Lunatic asylums in Bengal annual reports 1888-1898 - 1888-1898
Year: 1888
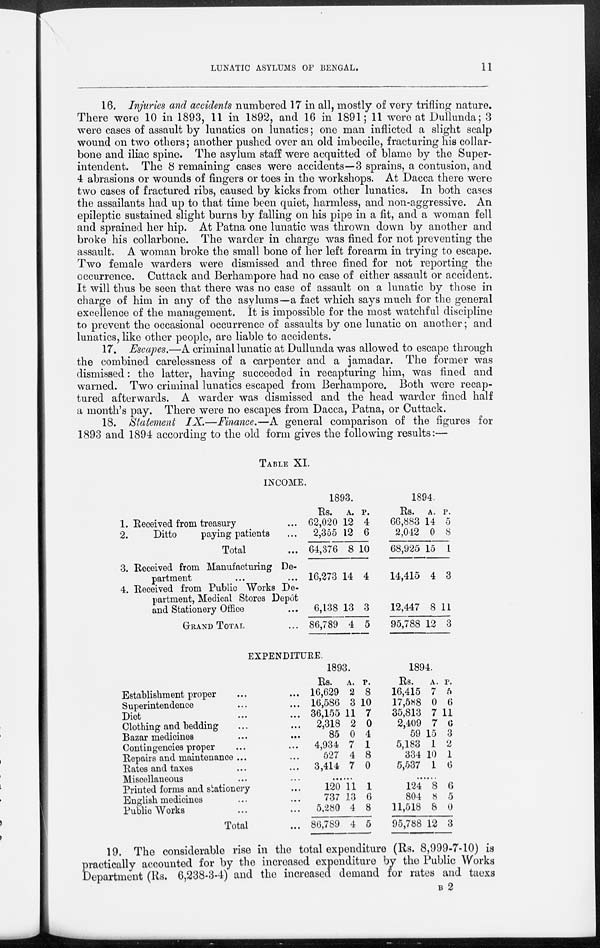
LUNATIC ASYLUMS OF BENGAL.
11
16. Injuries and accidents numbered 17 in all, mostly of very trifling nature.
There were 10 in 1893, 11 in 1892, and 16 in 1891; 11 were at Dullunda; 3
were cases of assault by lunatics on lunatics; one man inflicted a slight scalp
wound on two others; another pushed over an old imbecile, fracturing his collar-
bone and iliac spine. The asylum staff were acquitted of blame by the Super-
intendent. The 8 remaining cases were accidents—3 sprains, a contusion, and
4 abrasions or wounds of fingers or toes in the workshops. At Dacca there were
two cases of fractured ribs, caused by kicks from other lunatics. In both cases
the assailants had up to that time been quiet, harmless, and non-aggressive. An
epileptic sustained slight burns by falling on his pipe in a fit, and a woman fell
and sprained her hip. At Patna one lunatic was thrown down by another and
broke his collarbone. The warder in charge was fined for not preventing the
assault. A woman broke the small bone of her left forearm in trying to escape.
Two female warders were dismissed and three fined for not reporting the
occurrence. Cuttack and Berhampore had no case of either assault or accident.
It will thus be seen that there was no case of assault on a lunatic by those in
charge of him in any of the asylums—a fact which says much for the general
excellence of the management. It is impossible for the most watchful discipline
to prevent the occasional occurrence of assaults by one lunatic on another; and
lunatics, like other people, are liable to accidents.
17. Escapes.—A criminal lunatic at Dullunda was allowed to escape through
the combined carelessness of a carpenter and a jamadar. The former was
dismissed: the latter, having succeeded in recapturing him, was fined and
warned. Two criminal lunatics escaped from Berhampore. Both were recap-
tured afterwards. A warder was dismissed and the head warder fined half
a month's pay. There were no escapes from Dacca, Patna, or Cuttack.
18. Statement IX.—Finance.—A general comparison of the figures for
1893 and 1894 according to the old form gives the following results:—
TABLE XI.
INCOME.
1. Received from treasury ...
2.
Ditto
paying patients ...
Total ...
3. Received from Manufacturing De-
partment ... ...
4. Received from Public Works De-
partment, Medical Stores Depôt
and Stationery Office ...
GRAND TOTAL ...
1893.
Rs.
62,020
2,355
64,376
16,273
6,138
86,789
A.
12
12
8
14
13
4
P.
4
6
10
4
3
5
1894.
Rs.
66,883
2,042
68,925
14,415
12,447
95,788
A.
14
0
15
4
8
12
P.
5
8
1
3
11
3
EXPENDITURE.
Establishment proper ... ...
Superintendence ... ...
Diet
...
...
Clothing and bedding ... ...
Bazar medicines ... ...
Contingencies proper ... ...
Repairs and maintenance ... ...
Rates and taxes ... ...
Miscellaneous ... ...
Printed forms and stationery ...
English medicines ... ...
Public Works ... ...
Total ...
1893.
Rs.
16,629
16,586
36,155
2,318
85
4,934
527
3,414
A.
2
3
11
2
0
7
4
7
P.
8
10
7
0
4
1
8
0
......
120
737
5,280
86,789
11
13
4
4
1
6
8
5
1894.
Rs.
16,415
17,588
35,813
2,409
59
5,183
334
5,537
A.
7
0
7
7
15
1
10
1
P.
5
6
11
6
3
2
1
6
124
804
11,518
95,788
8
8
8
12
6
5
0
3
19. The considerable rise in the total expenditure (Rs. 8,999-7-10) is
practically accounted for by the increased expenditure by the Public Works
Department (Rs. 6,238-3-4) and the increased demand for rates and taexs
B 2